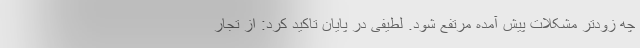
چه زودتر مشکلات پیش آمده مرتفع شود. لطیفی در پایان تاکید کرد: از تجار